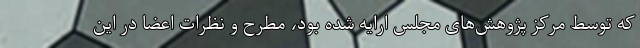
که توسط مرکز پژوهش‌های مجلس ارایه شده بود، مطرح و نظرات اعضا در این